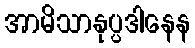
အာမိသာနုပ္ပဒါနေန